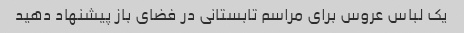
یک لباس عروس برای مراسم تابستانی در فضای باز پیشنهاد دهید